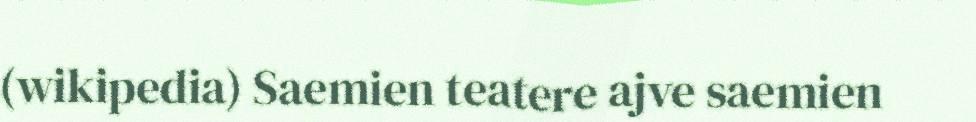
(wikipedia) Saemien teatere ajve saemien